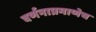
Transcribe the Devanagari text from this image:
वर्णनाप्रमाणेच